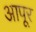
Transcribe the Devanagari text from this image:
आपूर